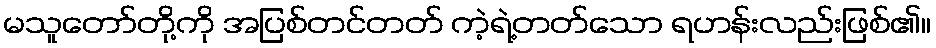
မသူတော်တို့ကို အပြစ်တင်တတ် ကဲ့ရဲ့တတ်သော ရဟန်းလည်းဖြစ်၏။